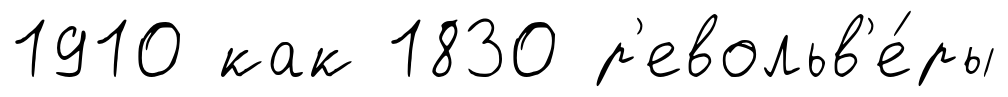
1910 как 1830 р'евольв'е́ры